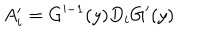
A _ { i } ^ { \prime } = G ^ { \prime - 1 } ( y ) D _ { i } G ^ { \prime } ( y )